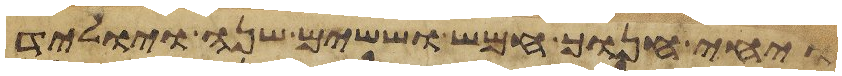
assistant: ויחי חנוך חמש וששים שנה ויוליד